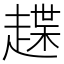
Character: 𧽅